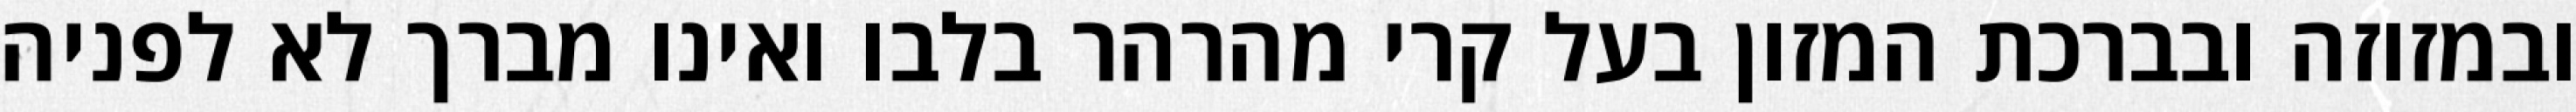
ובמזוזה ובברכת המזון בעל קרי מהרהר בלבו ואינו מברך לא לפניה